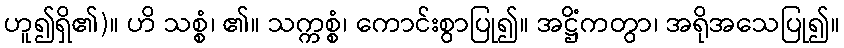
ဟူ၍ရှိ၏)။ ဟိ သစ္စံ၊ ၏။ သက္ကစ္စံ၊ ကောင်းစွာပြု၍။ အဋ္ဌိံကတွာ၊ အရိုအသေပြု၍။